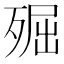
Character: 𣨢